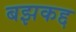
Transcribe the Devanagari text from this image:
बझकद्द